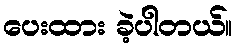
ပေးထား ခဲ့ပါတယ်။